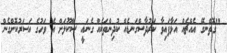
"ގޮތްނގޭ އެއްޗެއް އަޅާފައިވާ ކަރުދާސްގަނޑެއް ކުދިންތަކެއް ގެނައީ ސްކޫލަށް އެ ވަހުގެ އަސަރުކޮށްގެން